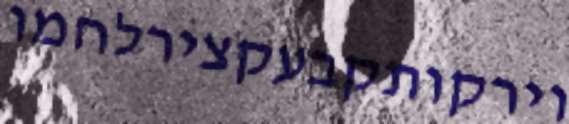
וירקותקבעקצירלחמו